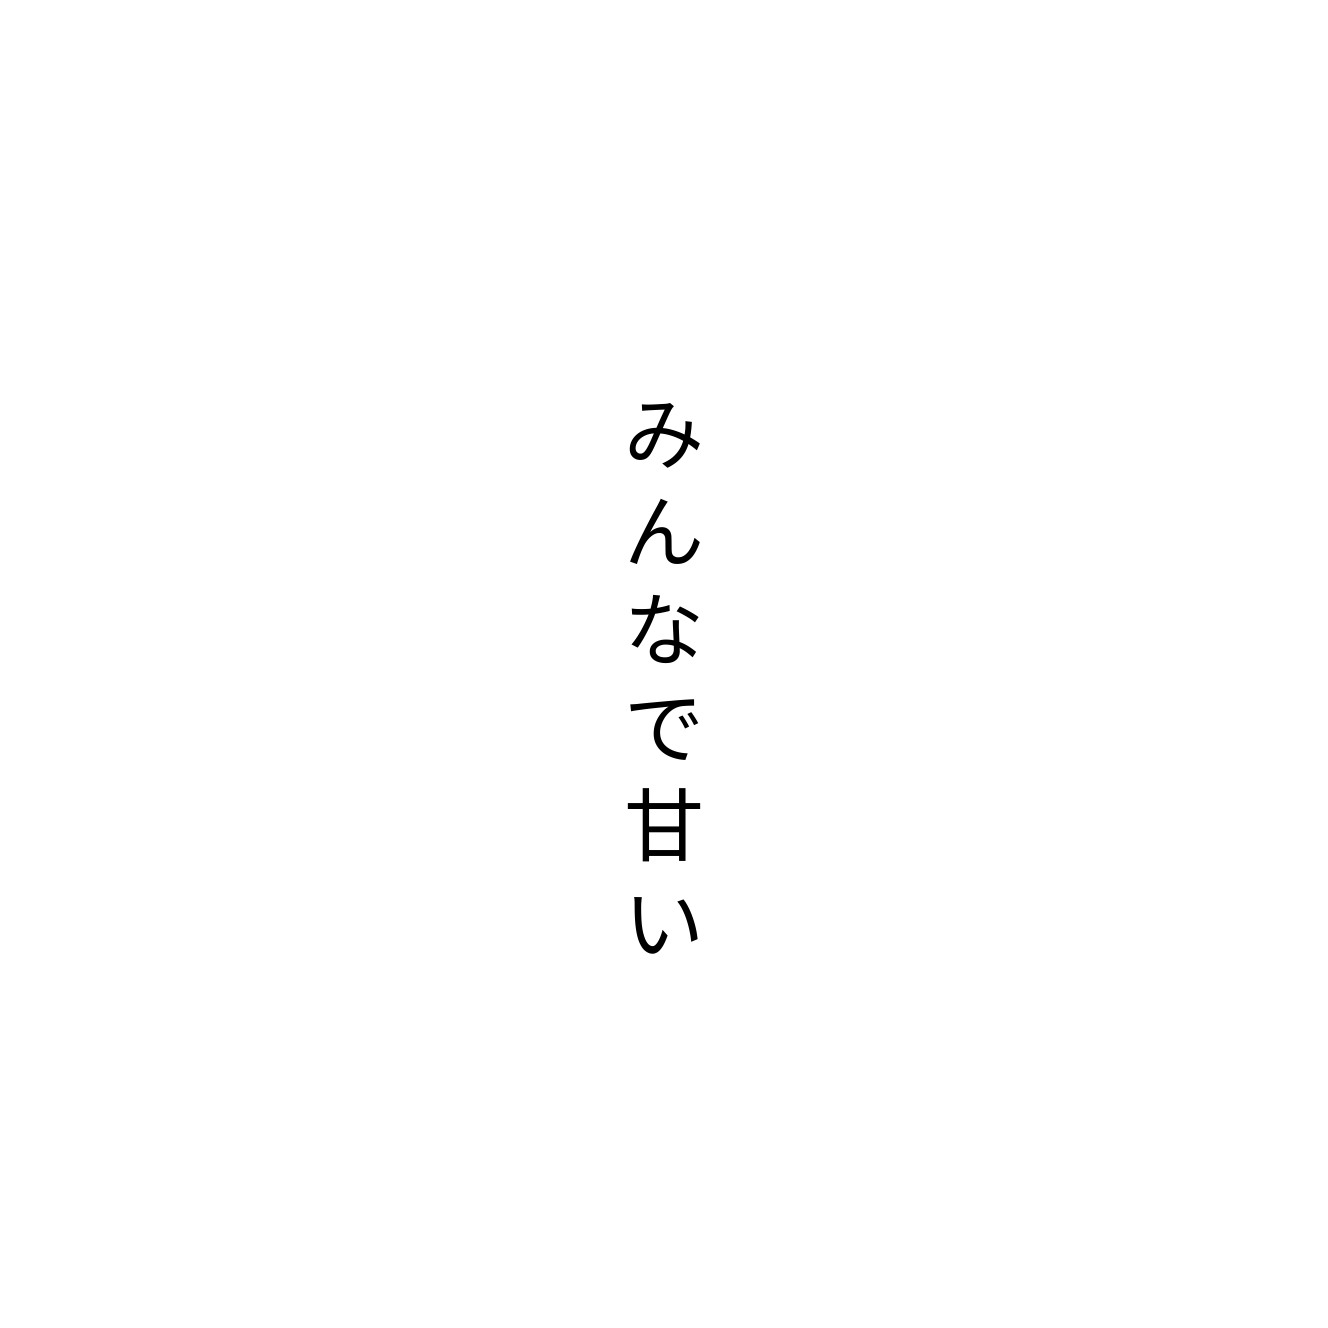
みんなで甘い